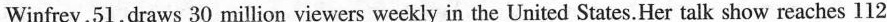
Winfrey,51,draws 30 million viewers weekly in the United States.Her talk show reaches112